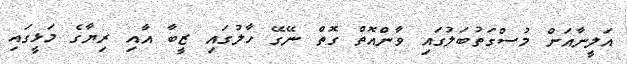
އަލީނާއަށް މުސްގަތުބަލުގައި ވާންއޮތް ގޮތް ނޭގޭ ހާލުގައި ޒީބާ އާއި ރިޔާގެ މަޅީގައި